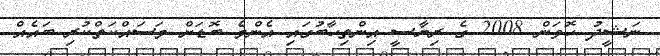
ނަޝީދު ހޮވަން 2008 ގެ ރިޔާސީ އިންތިހާބުގައި އެންމެ ބޮޑަށް މަސައްކަތްކުރި ބައެއް